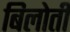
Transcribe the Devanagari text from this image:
बिलोती